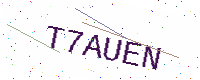
Text: T7AUEN